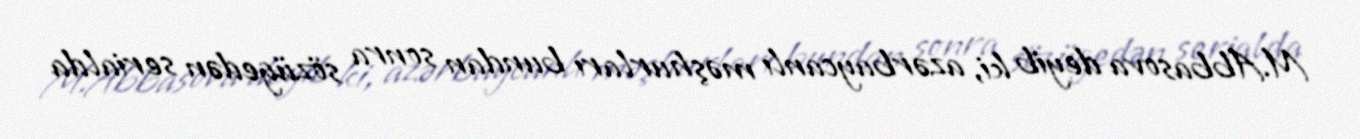
M.Abbasova deyib ki, azərbaycanlı məşhurları bundan sonra sözügedən serialda